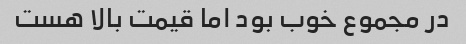
در مجموع خوب بود اما قیمت بالا هست